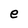
Character: e